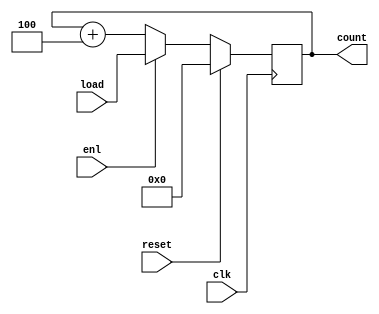
module pc(
    input clk,
    input reset,
    input enl, // Load enable
    input wire[31:0] load,      //alu
    output reg[31:0] count
);

always @(posedge clk ) begin
    if(reset) count <= 0;
    else if(enl) count <= load;
    else count <= count + 4;
end
endmodule
/* At every positive edge of clock if reset is high then counter is resetted to zero
otherwise it checks if load enable (enl) is high , if so it loads the 32 bit input "load" 
to counter output "count". This is mostly used in branch or jump instructions. 
Lastly , once reset and load has been checked , it just increments the counter by 4
because the program memory is byte addressible*/